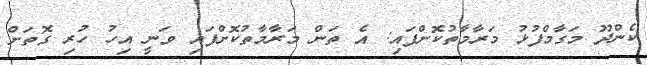
ކެންދޫ މަގާމްފުޅު މަރާމާތުކޮށްފައި: އެ ތަން މަރާމާތުކޮށްފައި ވަނީ އިހު ހުރި ގޮތަށް